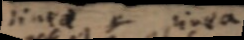
linea _ linea